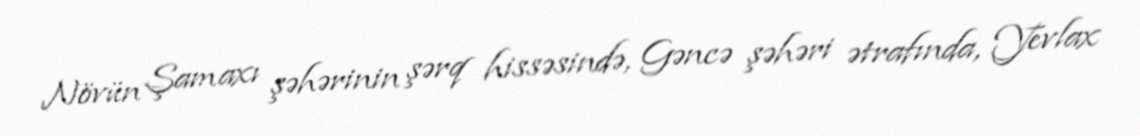
Növün Şamaxı şəhərinin şərq hissəsində, Gəncə şəhəri ətrafında, Yevlax